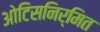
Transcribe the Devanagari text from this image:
ओटिसनिर्मित